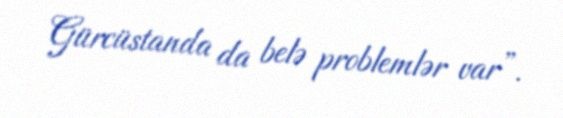
Gürcüstanda da belə problemlər var”.